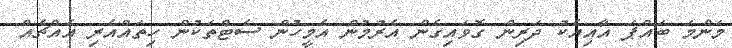
މަންމަ ބައްޕަ އާއިއެކު ދަރިން ގޮވައިގެން އެރުމުން އެމީހުން ސެޓްތަކުން ހިތައްއެރި އެއްޗެއް